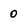
Character: 0